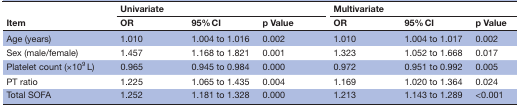
| <ROWSPAN=2> Item | <COLSPAN=3> Univariate | <COLSPAN=3> Multivariate |
 | OR | 95% CI | p Value | OR | 95% CI | p Value |
 | --- | --- | --- | --- | --- | --- | --- |
 | Age (years) | 1.010 | 1.004 to 1.016 | 0.002 | 1.010 | 1.004 to 1.017 | 0.002 |
 | Sex (male/female) | 1.457 | 1.168 to 1.821 | 0.001 | 1.323 | 1.052 to 1.668 | 0.017 |
 | Platelet count (×109 L) | 0.965 | 0.945 to 0.984 | 0.000 | 0.972 | 0.951 to 0.992 | 0.005 |
 | PT ratio | 1.225 | 1.065 to 1.435 | 0.004 | 1.169 | 1.020 to 1.364 | 0.024 |
 | Total SOFA | 1.252 | 1.181 to 1.328 | 0.000 | 1.213 | 1.143 to 1.289 | <0.001 |